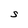
Character: S